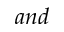
a n d